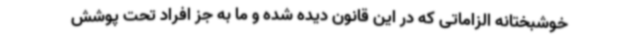
خوشبختانه الزاماتی که در این قانون دیده شده و ما به جز افراد تحت پوشش